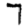
Digit: 7